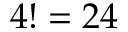
4 ! = 2 4